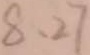
8 . 2 7